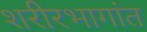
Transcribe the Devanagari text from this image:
शरीरभागांत